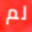
لم